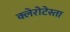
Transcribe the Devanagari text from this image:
क्लेरोटेस्ता